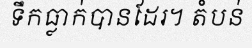
ទឹកធ្លាក់បានដែរ។ តំបន់